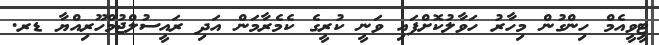
ޓީވީއެމް ހިންގުން މިހާރު ހަވާލުކޮށްފައި ވަނީ ކުރީގެ ކެމެރާމަން އަދި ރައީސުލްޖުމްހޫރިއްޔާ ޑރ.